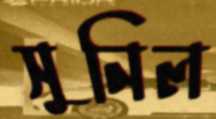
সুনিল